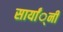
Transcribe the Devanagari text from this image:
सार्यां्नी